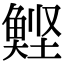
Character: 𮫹